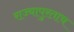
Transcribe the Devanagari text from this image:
राज्यापुरताच